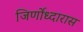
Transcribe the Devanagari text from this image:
जिर्णोध्दारास